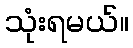
သုံးရမယ်။